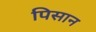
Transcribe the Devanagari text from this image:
पिसान